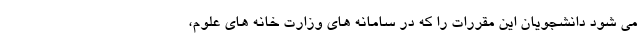
می شود دانشجویان این مقررات را که در سامانه های وزارت خانه های علوم،